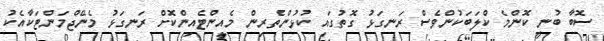
ސޮބާ ބުނީ ކޮންމެ ކްލަބަކުންވެސް ރަނގަޅު ގޮތުގައި ކުޅުންތެރިން މެއިންޓެއިންކޮށް ރަނގަޅު މެނޭޖްމަންޓަކާއެކު